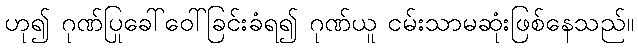
ဟု၍ ဂုဏ်ပြုခေါ်ဝေါ်ခြင်းခံရ၍ ဂုဏ်ယူ ငမ်းသာမဆုံးဖြစ်နေသည်။